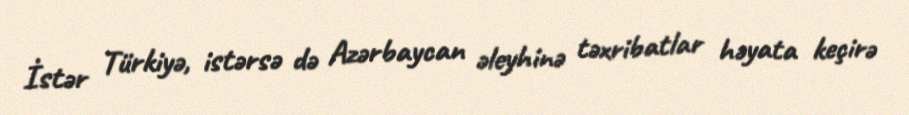
İstər Türkiyə, istərsə də Azərbaycan əleyhinə təxribatlar həyata keçirə